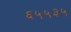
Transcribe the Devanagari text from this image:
६५५३५